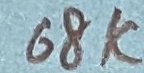
Text: 68K